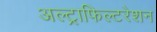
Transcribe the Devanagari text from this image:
अल्ट्राफिल्टरेशन